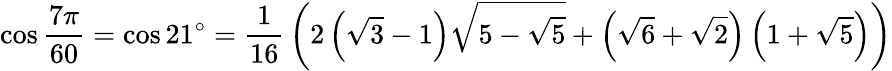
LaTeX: \cos{\frac{7\pi}{60}}=\cos 21^{\circ}={\frac{1}{16}}\left(2\left({\sqrt{3}}-1\right){\sqrt{5-{\sqrt{5}}}}+\left({\sqrt{6}}+{\sqrt{2}}\right)\left(1+{\sqrt{5}}\right)\right)